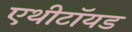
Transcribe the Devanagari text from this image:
एथीटॉयड